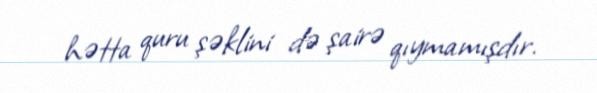
hətta quru şəklini də şairə qıymamışdır.